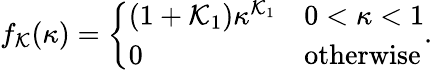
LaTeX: f_{\mathcal{K}}(\kappa)=\left\{ \begin{array}{ll}{(1+\mathcal{K}_{1})\kappa^{\mathcal{K}_{1}}}&{0<\kappa<1}\\ {0}&{\mathrm{otherwise}}\end{array}\right..